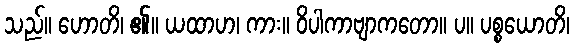
သည်။ ဟောတိ၊ ၏။ ယထာဟ၊ ကား။ ဝိပါကာဗျာကတော။ ပ။ ပစ္စယောတိ၊